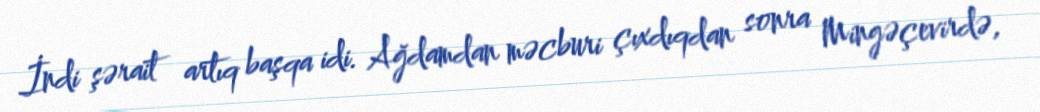
İndi şərait artıq başqa idi. Ağdamdan məcburi çıxdıqdan sonra Mingəçevirdə,